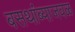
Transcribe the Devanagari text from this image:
बसथांब्याजवळ